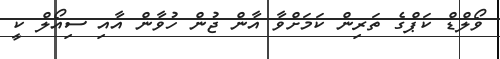
ވޯލްޑް ކަޕްގެ ތަރިން ކަމަށްވާ އާން ޖުން ހުވާން އާއި ސިއޯލް ކީ